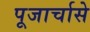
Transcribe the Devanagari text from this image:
पूजार्चासे